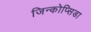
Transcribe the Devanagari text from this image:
जिन्कोप्सिडा